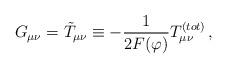
LaTeX: \begin{align*}G_{\mu \nu} = \tilde{T}_{\mu \nu} \equiv - \frac{1}{2F(\varphi)}T^{(tot)}_{\mu \nu} \,, \end{align*}